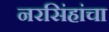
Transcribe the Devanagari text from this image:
नरसिंहांचा